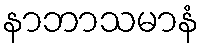
နာဘာသမာနံ